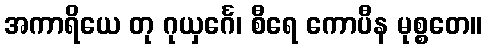
အကာရိယေ တု ဂုယှင်္ဂေ၊ စီရေ ကောပီန မုစ္စတေ။